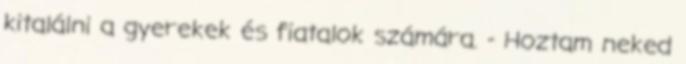
kitalálni a gyerekek és fiatalok számára. - Hoztam neked